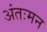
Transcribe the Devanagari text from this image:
अंतःमन